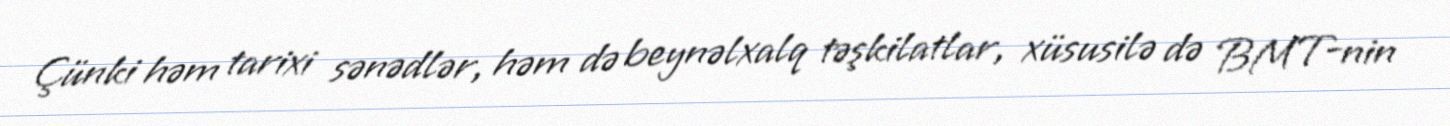
Çünki həm tarixi sənədlər, həm də beynəlxalq təşkilatlar, xüsusilə də BMT-nin